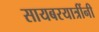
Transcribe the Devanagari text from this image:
सायबरयात्रींनी